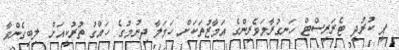
ޕީ ކުރުދީ ޓެރަރިސްޓް ހަނގުރާމަވެރިންގެ އަމާޒުތަކަށް ހަމަލާ ދިނުމުގެ ހައްގު ތުރުކީއަށް ލިބިގެންވާ